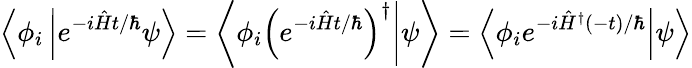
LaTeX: \left\langle\phi_{i}\left|e^{-i{\hat{H}}t/\hbar}\psi\right.\right\rangle=\left\langle\left.\phi_{i}\left(e^{-i{\hat{H}}t/\hbar}\right)^{\dagger}\right|\psi\right\rangle=\left\langle\left.\phi_{i}e^{-i{\hat{H}}^{\dagger}(-t)/\hbar}\right|\psi\right\rangle